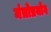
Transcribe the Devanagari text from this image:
मंत्रोप्रयोग